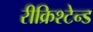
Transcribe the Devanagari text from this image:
रीक्रिश्टेन्ड